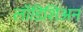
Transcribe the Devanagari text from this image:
लॉडिशिअन